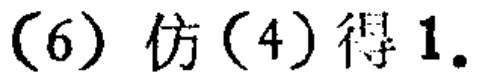
(6) 仿 (4) 得 $1.$